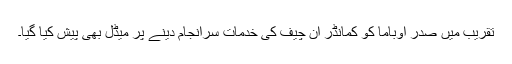
تقریب میں صدر اوباما کو کمانڈر ان چیف کی خدمات سرانجام دینے پر میڈل بھی پیش کیا گیا۔